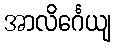
အာလိင်္ဂေယျ